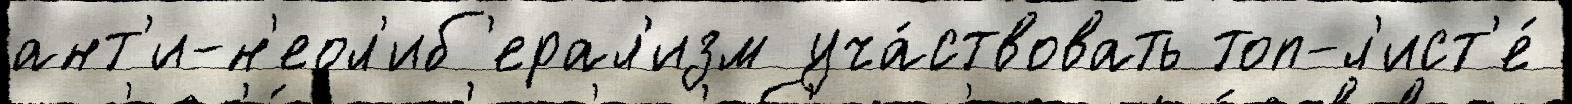
ант'и-н'еол'иб'ерал'изм уча́ствовать топ-л'ист'е́